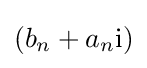
(b_{n}+a_{n}\mathrm {i} )